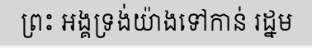
ព្រះ អង្គទ្រង់យ៉ាងទៅកាន់ រដ្នម